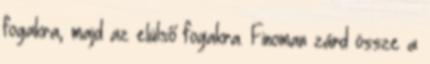
fogakra, majd az elülső fogakra. Finoman zárd össze a